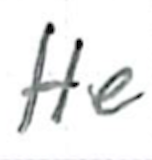
Text: He
Cross-out: clean
Writing tool: ballpoint